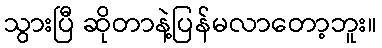
သွားပြီ ဆိုတာနဲ့ပြန်မလာတော့ဘူး။